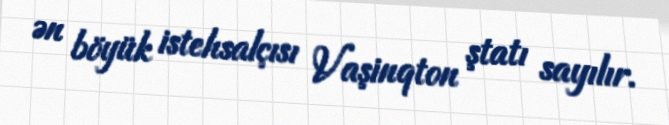
ən böyük istehsalçısı Vaşinqton ştatı sayılır.